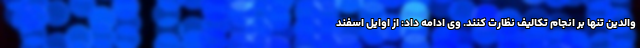
والدین تنها بر انجام تکالیف نظارت کنند. وی ادامه داد: از اوایل اسفند